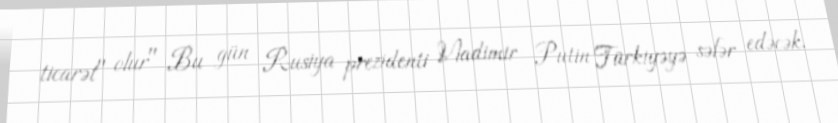
ticarət" olur" Bu gün Rusiya prezidenti Vladimir Putin Türkiyəyə səfər edəcək.